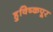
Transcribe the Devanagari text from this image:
हुविष्कपूर